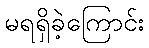
မရရှိခဲ့ကြောင်း